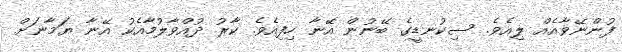
ފުންނޭވާއެއް ލިއެވެ. ސިކުނޑީގެ ބޭނުން އޭނާ ހިފިއެވެ. ކާރު ދުއްވާލުމާއެކު އޭނާ ޔަމާނަށް